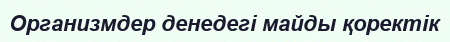
Организмдер денедегі майды қоректік